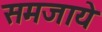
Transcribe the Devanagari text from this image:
समजाये